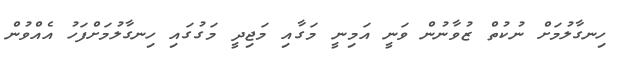
ހިނގާލުމަށް ނުކުތް ޒުވާނުން ވަނީ އަމިނީ މަގާއި މަޖިދީ މަގުގައި ހިނގާލުމަށްފަހު އެއްވުން